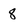
Character: 8